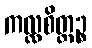
ကလ္လစိတ္တဉ္စ